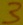
Text: 3